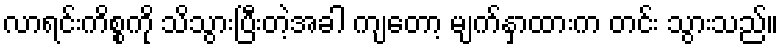
လာရင်းကိစ္စကို သိသွားပြီးတဲ့အခါ ကျတော့ မျက်နှာထားက တင်း သွားသည်။